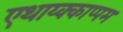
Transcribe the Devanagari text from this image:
एथाय्क्काप्पम